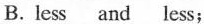
B. less and less;